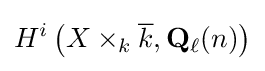
H^{i}\left(X\times _{k}{\overline {k}},\mathbf {Q} _{\ell }(n)\right)